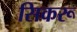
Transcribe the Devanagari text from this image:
सिकरू